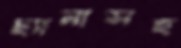
ছ্যানাসহ